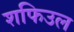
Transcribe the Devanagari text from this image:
शफिउल